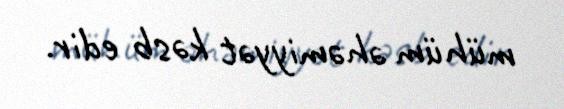
mühüm əhəmiyyət kəsb edir.